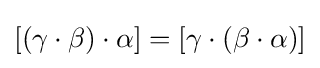
[(\gamma \cdot \beta )\cdot \alpha ]=[\gamma \cdot (\beta \cdot \alpha )]